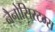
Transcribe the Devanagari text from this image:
नैनोसिस्टम्स